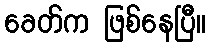
ခေတ်က ဖြစ်နေပြီ။